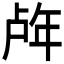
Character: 𰏧